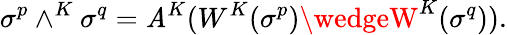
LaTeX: \sigma^{p}\wedge^{K}\sigma^{q}=\mathit{A}^{K}(W^{K}(\sigma^{p})\wedgeW^{K}(\sigma^{q})).